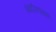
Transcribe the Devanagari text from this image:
आदीलशहा